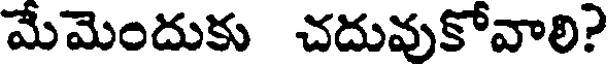
మేమెందుకు చదువుకోవాలి?